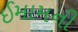
ઈમામની